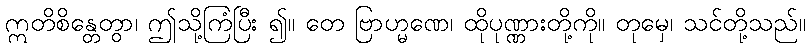
ဣတိစိန္တေတွာ၊ ဤသို့ကြံပြီး ၍။ တေ ဗြာဟ္မဏေ၊ ထိုပုဏ္ဏားတို့ကို။ တုမှေ၊ သင်တို့သည်။